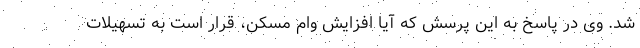
شد. وی در پاسخ به این پرسش که آیا افزایش وام مسکن، قرار است به تسهیلات